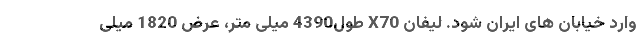
وارد خیابان های ایران شود. لیفان X70 طول4390 میلی متر، عرض 1820 میلی